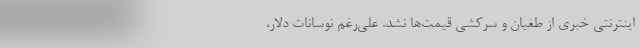
اینترنتی خبری از طغیان و سرکشی قیمت‌ها نشد. علی‌رغم نوسانات دلار،